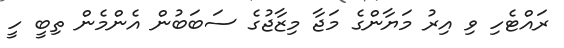
ރައްޓެހި ވި އިރު މަޔާންގެ މަޖާ މިޒާޖުގެ ސަބަބުން އެންމެން ތިބީ ހީ